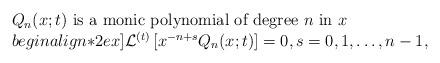
LaTeX: \begin{align*} \begin{array}{l} Q_{n}(x; t) \mbox{ is a monic polynomial of degree } n \mbox{ in } x \\begin{align*}2ex] \mathcal{L}^{(t)} \left[ x^{-n+s}Q_{n}(x; t) \right] = 0, s =0, 1, \ldots, n-1,\end{array}\end{align*}